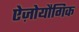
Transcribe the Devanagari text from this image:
ऐज़ोयौगिक